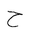
Letter: _ha